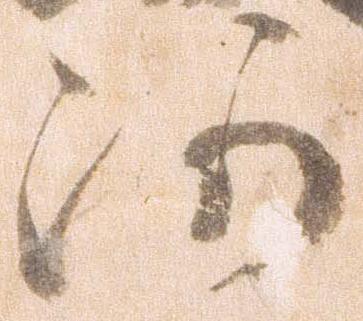
河